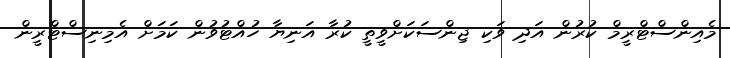
މެއިންސްޓްރީމް ކުރުން އަދި ވަކި ޖިންސަކަށްވީތީ ކުރާ އަނިޔާ ހުއްޓުވުން ކަމަށް އެމިނިސްޓްރީން